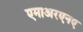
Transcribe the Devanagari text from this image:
एमाअरएनए